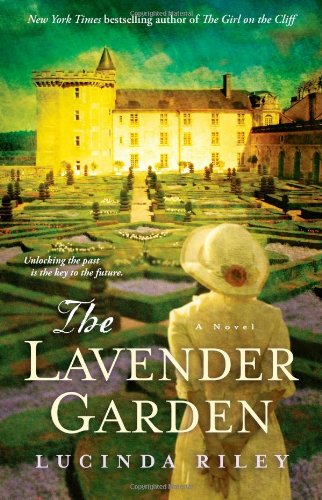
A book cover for The Lavender Garden: A Novel; Lucinda Riley; Literature & Fiction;